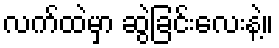
လက်ထဲမှာ ဆွဲခြင်းလေးနဲ့။